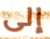
إلى